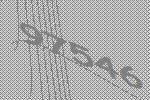
97546